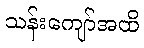
သန်းကျော်အထိ